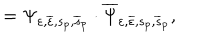
LaTeX: = \Psi _ { \varepsilon , \overline { { { \varepsilon } } } , s _ { p } , \overline { { { s } } } _ { p } } \cdot \overline { { { \Psi } } } _ { \varepsilon , \overline { { { \varepsilon } } } , s _ { p } , \overline { { { s } } } _ { p } } ,